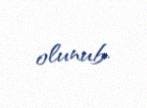
olunub.